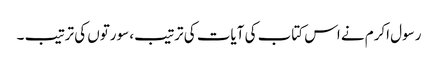
رسول اکرم نے اس کتاب کی آیات کی ترتیب، سورتوں کی ترتیب ۔